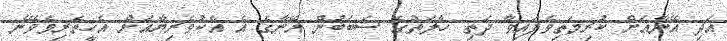
އަދި އޭނާއަށް ކުރިމަތިވެފައިވާ ދަތި ހާލަތުގެ ސަބަބުން އޭނާގެ އެ އެކުވެރިޔާއަށް އެހީތެރިވެވޭނެ